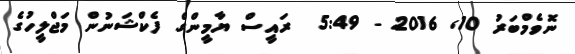
ނޮވެމްބަރު 10